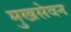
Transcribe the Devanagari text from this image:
मुखसेवन